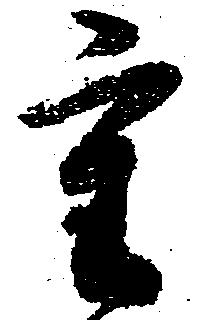
重